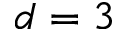
d = 3